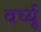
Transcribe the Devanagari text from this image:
वर्च्यू